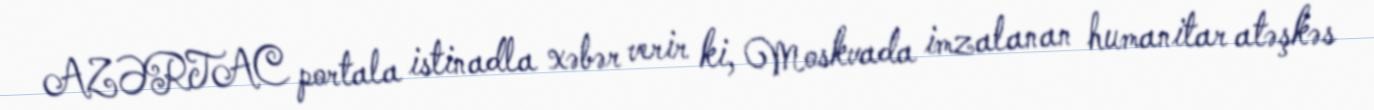
AZƏRTAC portala istinadla xəbər verir ki, Moskvada imzalanan humanitar atəşkəs